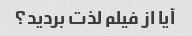
آیا از فیلم لذت بردید؟